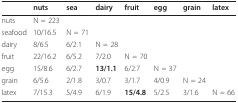
<table><thead><tr><td></td><td><b>nuts</b></td><td><b>sea</b></td><td><b>dairy</b></td><td><b>fruit</b></td><td><b>egg</b></td><td><b>grain</b></td><td><b>latex</b></td></tr></thead><tbody><tr><td>nuts</td><td>N = 223</td><td></td><td></td><td></td><td></td><td></td><td></td></tr><tr><td>seafood</td><td>10/16.5</td><td>N = 71</td><td></td><td></td><td></td><td></td><td></td></tr><tr><td>dairy</td><td>8/6.5</td><td>6/2.1</td><td>N = 28</td><td></td><td></td><td></td><td></td></tr><tr><td>fruit</td><td>22/16.2</td><td>6/5.2</td><td>7/2.0</td><td>N = 70</td><td></td><td></td><td></td></tr><tr><td>egg</td><td>15/8.6</td><td>6/2.7</td><td><b>13/1.1</b></td><td>6/2.7</td><td>N = 37</td><td></td><td></td></tr><tr><td>grain</td><td>6/5.6</td><td>2/1.8</td><td>3/0.7</td><td>3/1.7</td><td>4/0.9</td><td>N = 24</td><td></td></tr><tr><td>latex</td><td>7/15.3</td><td>5/4.9</td><td>6/1.9</td><td><b>15/4.8</b></td><td>5/2.5</td><td>3/1.6</td><td>N = 66</td></tr></tbody></table>